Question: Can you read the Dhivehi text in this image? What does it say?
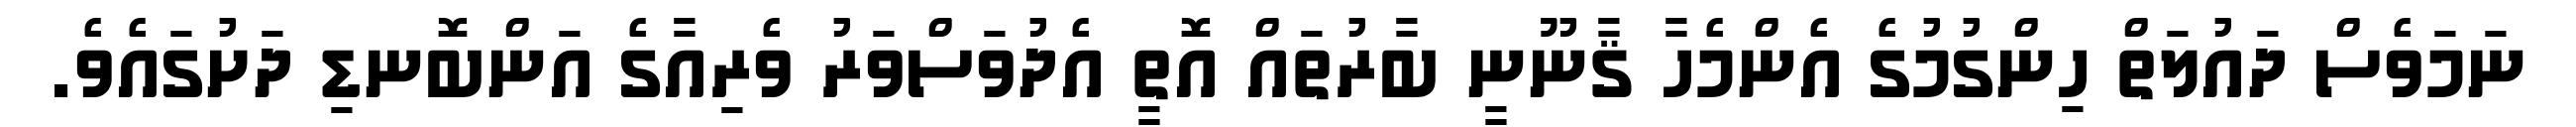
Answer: ނަމަވެސް ދައުލަތް ހިންގުމުގެ އެންމެހާ ޤާނޫނީ ބާރުތައް އޮތީ އެދުވަސްވަރު ވެރިއާގެ އަންބޮނޑި ދަށުގައެވެ.